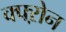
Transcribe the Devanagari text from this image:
क्फ्ऱोन